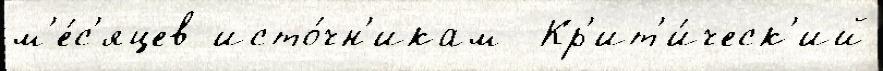
м'е́с'яцев исто́чн'икам  Кр'ит'и́ческ'ий